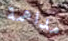
مداهمة